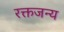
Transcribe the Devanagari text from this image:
रक्तजन्य